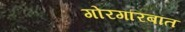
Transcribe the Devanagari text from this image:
गोरगरिबांत